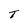
Character: T